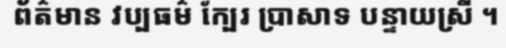
ព័ត៌មាន វប្បធម៌ ក្បែរ ប្រាសាទ បន្ទាយស្រី ។